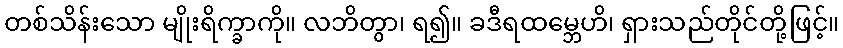
တစ်သိန်းသော မျိုးရိက္ခာကို။ လဘိတွာ၊ ရ၍။ ခဒီရထမ္ဘေဟိ၊ ရှားသည်တိုင်တို့ဖြင့်။